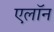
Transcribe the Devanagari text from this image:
एलॉन